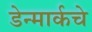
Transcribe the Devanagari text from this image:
डेन्मार्कचे